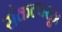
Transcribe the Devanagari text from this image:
संकल्पसूत्र